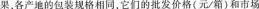
果，各产地的包装规格相同，它们的批发价格(元/箱)和市场